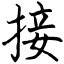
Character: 接